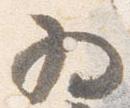
為